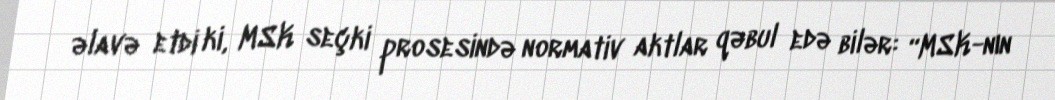
əlavə etdi ki, MSK seçki prosesində normativ aktlar qəbul edə bilər: “MSK-nın